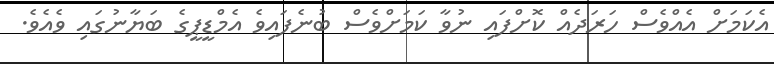
އެކަމަށް އެއްވެސް ހަރަދެއް ކޮށްފައި ނުވާ ކަމަށްވެސް ބުނެފައިވެ އެމްޑީޕީގެ ބަޔާނުގައި ވެއެވެ.